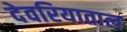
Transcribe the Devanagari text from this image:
देवरियाताल